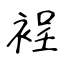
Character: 裎